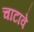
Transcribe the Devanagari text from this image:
चाटावे